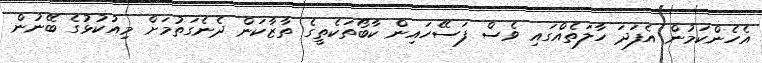
އެހެންކަމުން އެފަދަ ހާލަތެއްގައި ވެސް ފަސޭހައިން ކާބޯތަކެތީގެ ތާޒާކަން ދެނެގަތުމަށް މިއުކުޅުގެ ބޭނުން